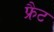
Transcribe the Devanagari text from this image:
फ्रैट